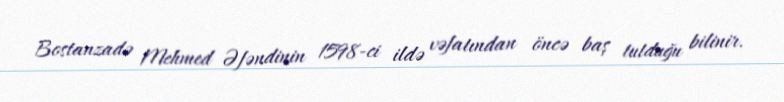
Bostanzadə Mehmed Əfəndinin 1598-ci ildə vəfatından öncə baş tutduğu bilinir.